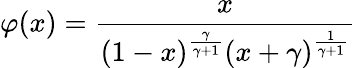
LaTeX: \varphi(x)=\frac{x}{(1-x)^{\frac{\gamma}{\gamma+1}}(x+\gamma)^{\frac{1}{\gamma+1}}}